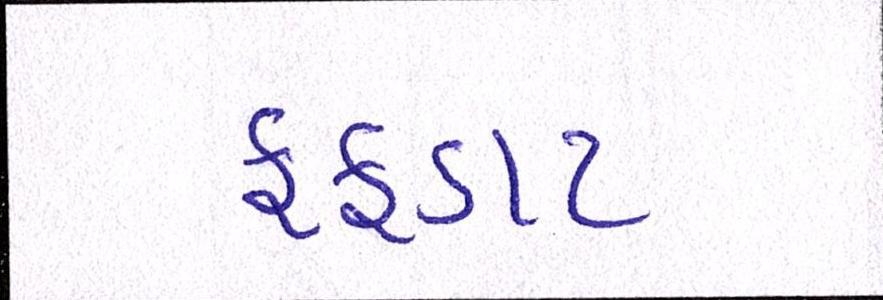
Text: ફફડાટ